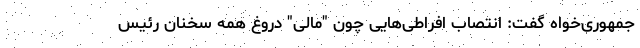
جمهوری‌خواه گفت: انتصاب افراطی‌هایی چون "مالی" دروغ همه سخنان رئیس